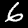
Digit: 6